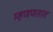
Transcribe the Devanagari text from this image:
म्हणणतात